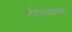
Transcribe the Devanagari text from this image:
हैदराबादनंतर